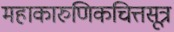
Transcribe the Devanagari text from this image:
महाकारुणिकचित्तसूत्र